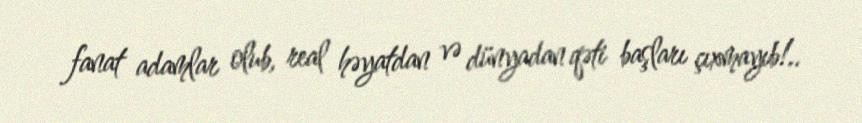
fanat adamlar olub, real həyatdan və dünyadan qəti başları çıxmayıb!..